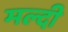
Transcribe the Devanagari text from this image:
मल्दी